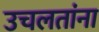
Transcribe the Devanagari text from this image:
उचलतांना